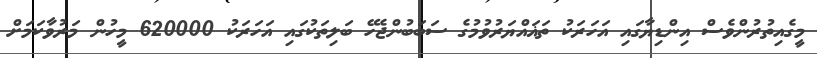
މީގެއިތުރުންވެސް އިންޑިޔާގައި އަހަރަކު ތަޣައްޔަރުވުމުގެ ސަބަބުންޖެހޭ ބަލިތަކުގައި އަހަރަކު 620000 މީހުން މަރުވާކަމަށް